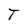
Character: T